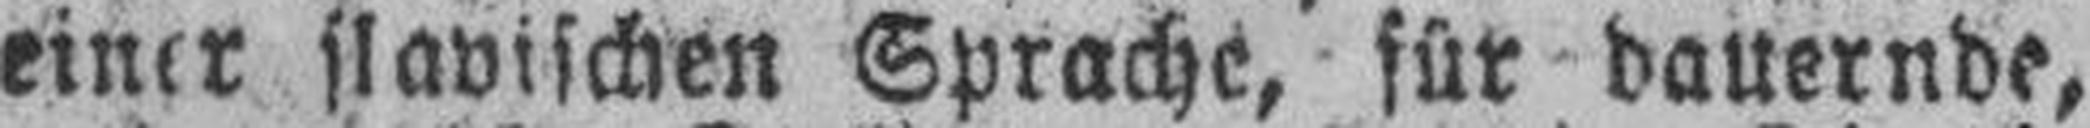
einer flavischen Sprache, für dauernde,